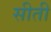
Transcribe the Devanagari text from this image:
सीती